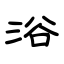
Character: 浴